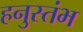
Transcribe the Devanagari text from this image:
हनुस्तंभ